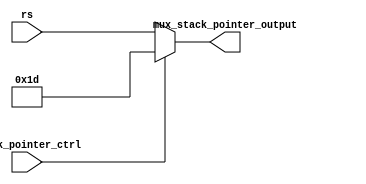
module MuxStackPointer (
  input  wire       stack_pointer_ctrl,
  input  wire [4:0] rs,
  output wire [4:0] mux_stack_pointer_output
);

  assign mux_stack_pointer_output = stack_pointer_ctrl ? 5'd29 : rs;

endmodule